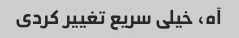
آه، خیلی سریع تغییر کردی